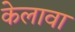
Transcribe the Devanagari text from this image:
केलावा